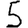
Digit: 5